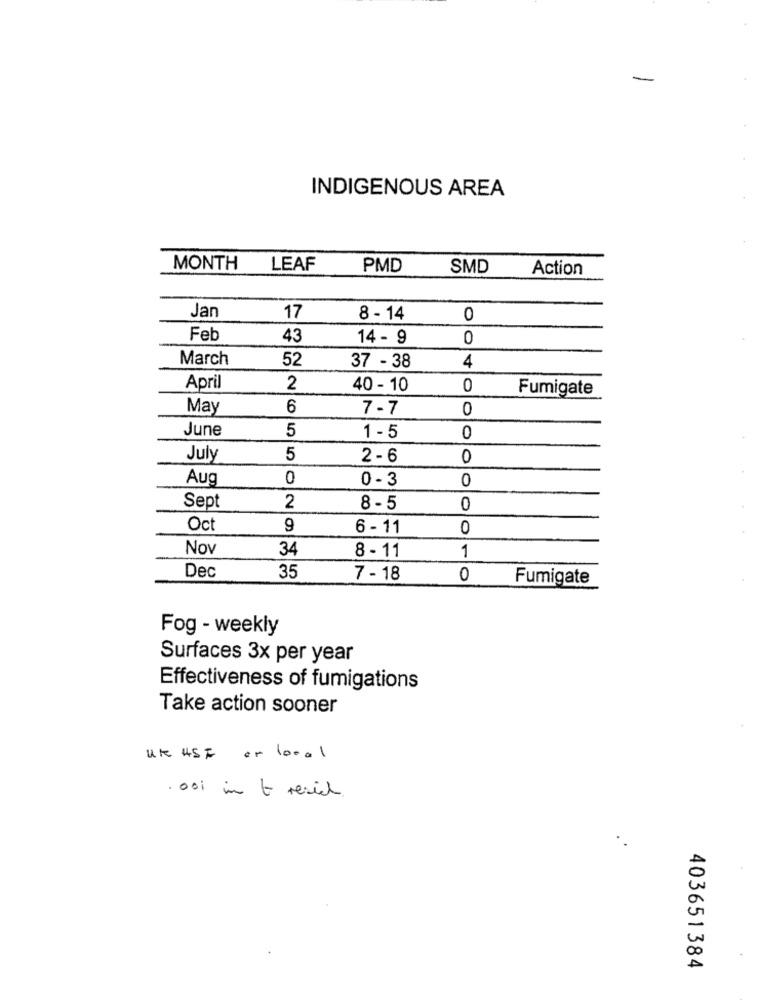
INDIGENOUS AREA
MONTH
LEAF
PMD
SMD
Action
Jan
17
8 - 14
0
Feb
43
14 - 9
0
March
52
37 - 38
4
April
2
40 - 10
0
Fumigate
May
6
7 - 7
0
June
5
1 - 5
0
July
5
2 - 6
0
Aug
0
0 - 3
0
Sept
2
8 - 5
0
Oct
9
6 - 11
0
Nov
34
8 - 11
1
Dec
35
7 - 18
0
Fumigate
Fog - weekly
Surfaces 3x per year
Effectiveness of fumigations
Take action sooner
une USF or local
.ooi in to resid
403651384